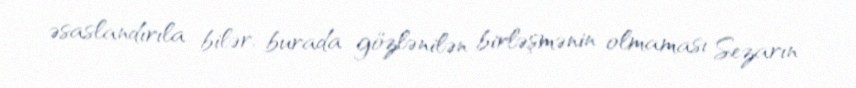
əsaslandırıla bilər, burada gözlənilən birləşmənin olmaması Sezarın